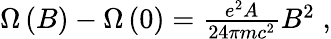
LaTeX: \begin{array}{r}{\Omega\left(B\right)-\Omega\left(0\right)=\frac{e^{2}A}{24\pi mc^{2}}B^{2}\; ,}\end{array}